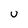
Character: U